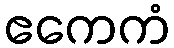
ဧကေကံ